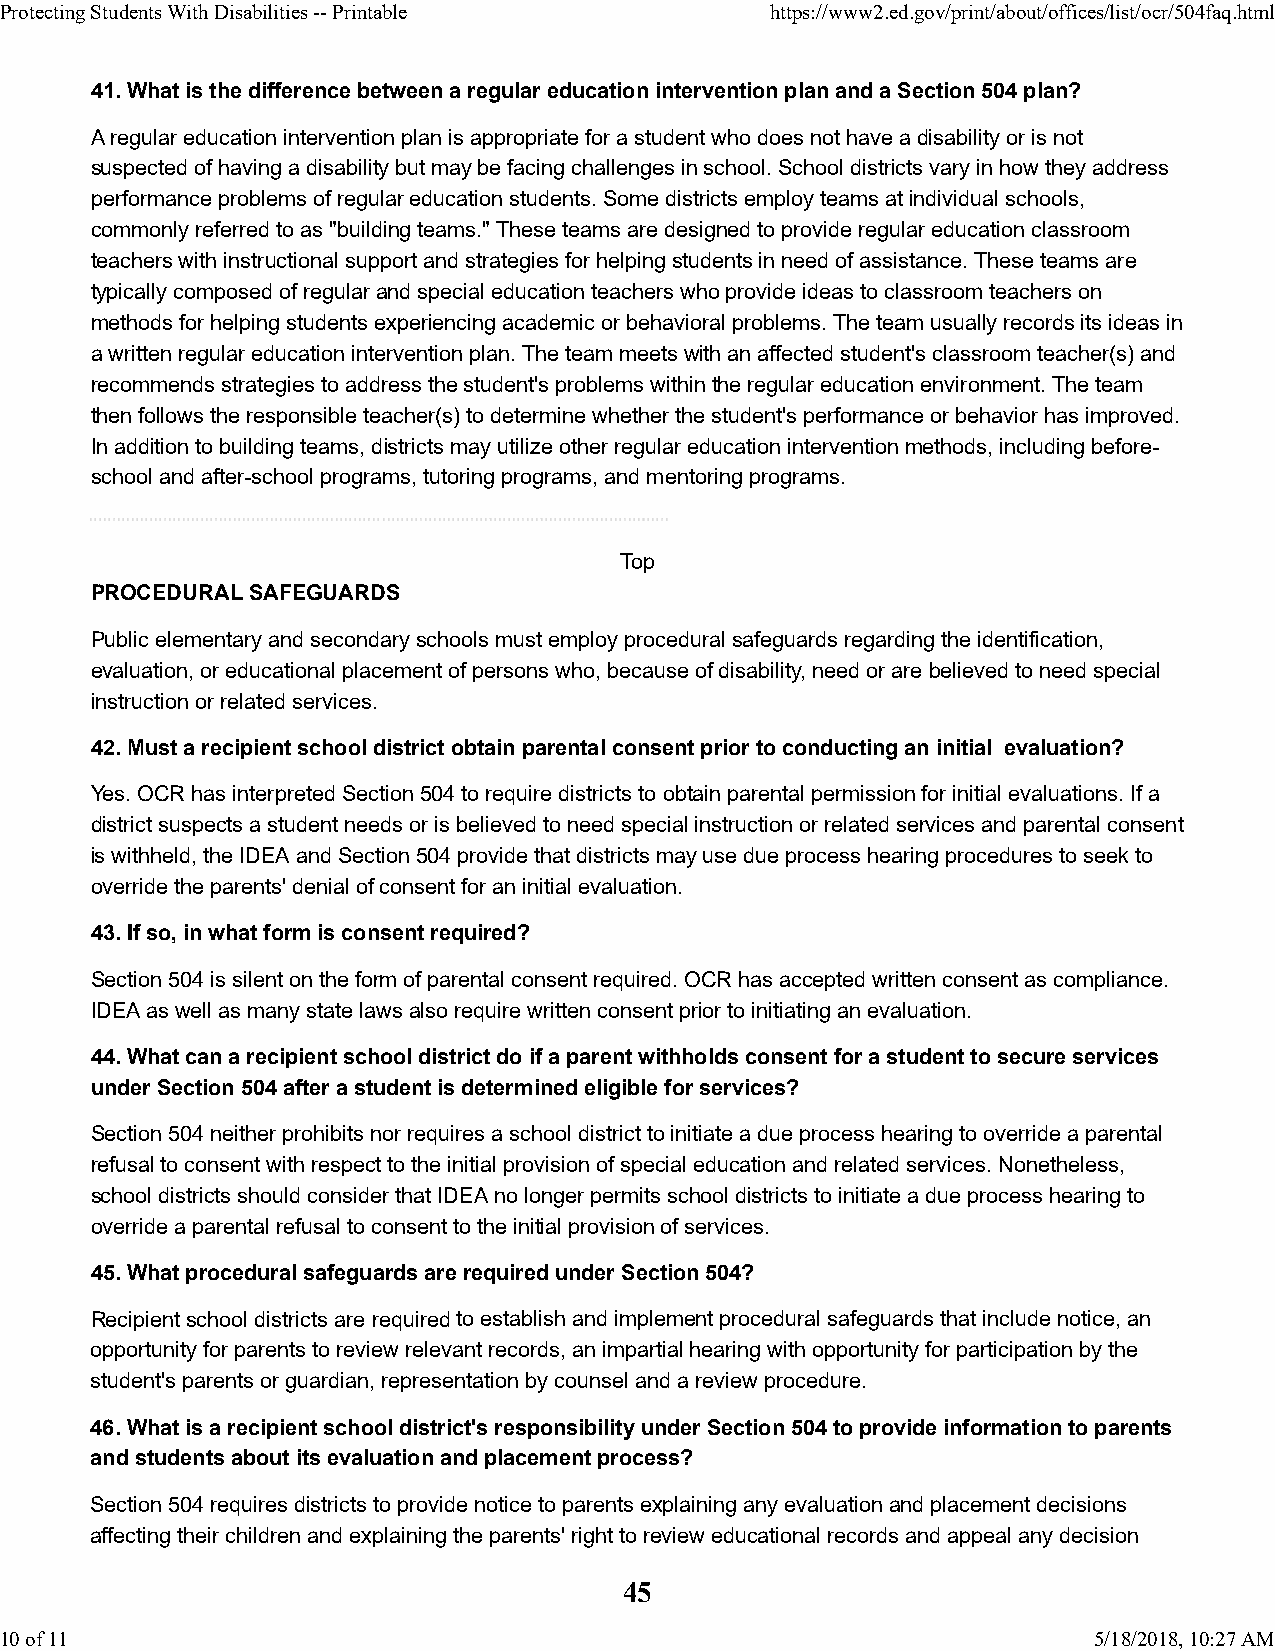
Protecting Students With Disabilities -- Printable https://www2.ed.gov/print/about/offices/list/ocr/504faq.html
 41. What is the difference between a regular education intervention plan and a Section 504 plan?
 A regular education intervention plan is appropriate for a student who does not have a disability or is not
 suspected of having a disability but may be facing challenges in school. School districts vary in how they address
 performance problems of regular education students. Some districts employ teams at individual schools,
 commonly referred to as "building teams." These teams are designed to provide regular education classroom
 teachers with instructional support and strategies for helping students in need of assistance. These teams are
 typically composed of regular and special education teachers who provide ideas to classroom teachers on
 methods for helping students experiencing academic or behavioral problems. The team usually records its ideas in
 a written regular education intervention plan. The team meets with an affected student's classroom teacher(s) and
 recommends strategies to address the student's problems within the regular education environment. The team
 then follows the responsible teacher(s) to determine whether the student's performance or behavior has improved.
 In addition to building teams, districts may utilize other regular education intervention methods, including before-
 school and after-school programs, tutoring programs, and mentoring programs.
 Top
 PROCEDURAL SAFEGUARDS
 Public elementary and secondary schools must employ procedural safeguards regarding the identification,
 evaluation, or educational placement of persons who, because of disability, need or are believed to need special
 instruction or related services.
 42. Must a recipient school district obtain parental consent prior to conducting an initial evaluation?
 Yes. OCR has interpreted Section 504 to require districts to obtain parental permission for initial evaluations. If a
 district suspects a student needs or is believed to need special instruction or related services and parental consent
 is withheld, the IDEA and Section 504 provide that districts may use due process hearing procedures to seek to
 override the parents' denial of consent for an initial evaluation.
 43. If so, in what form is consent required?
 Section 504 is silent on the form of parental consent required. OCR has accepted written consent as compliance.
 IDEA as well as many state laws also require written consent prior to initiating an evaluation.
 44. What can a recipient school district do if a parent withholds consent for a student to secure services
 under Section 504 after a student is determined eligible for services?
 Section 504 neither prohibits nor requires a school district to initiate a due process hearing to override a parental
 refusal to consent with respect to the initial provision of special education and related services. Nonetheless,
 school districts should consider that IDEA no longer permits school districts to initiate a due process hearing to
 override a parental refusal to consent to the initial provision of services.
 45. What procedural safeguards are required under Section 504?
 Recipient school districts are required to establish and implement procedural safeguards that include notice, an
 opportunity for parents to review relevant records, an impartial hearing with opportunity for participation by the
 student's parents or guardian, representation by counsel and a review procedure.
 46. What is a recipient school district's responsibility under Section 504 to provide information to parents
 and students about its evaluation and placement process?
 Section 504 requires districts to provide notice to parents explaining any evaluation and placement decisions
 affecting their children and explaining the parents' right to review educational records and appeal any decision
 45
 10 of 11                                                                5/18/2018, 10:27 AM